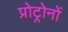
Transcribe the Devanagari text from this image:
प्रोट्रोनों